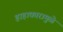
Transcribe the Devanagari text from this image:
हाहाकारामुळे